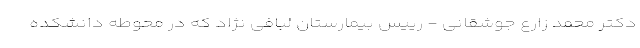
دکتر محمد زارع جوشقانی - رییس بیمارستان لبافی نژاد که در محوطه دانشکده